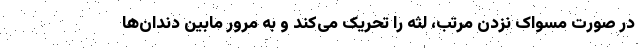
در صورت مسواک نزدن مرتب، لثه‌ را تحریک می‌کند و به مرور مابین دندان‌ها